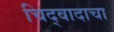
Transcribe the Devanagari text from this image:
चिद्‌वादाचा